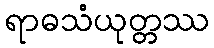
ရာဓသံယုတ္တဿ